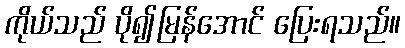
ကိုယ်သည် ပို၍မြန်အောင် ပြေးရသည်။